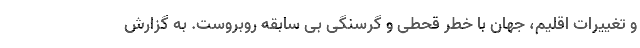
و تغییرات اقلیم، جهان با خطر قحطی و گرسنگی بی سابقه روبروست. به گزارش